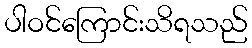
ပါဝင်ကြောင်းသိရသည်